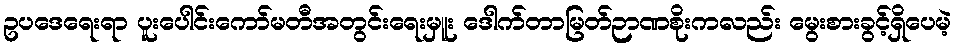
ဥပဒေရေးရာ ပူးပေါင်းကော်မတီအတွင်းရေးမှူး ဒေါက်တာမြတ်ဉာဏစိုးကလည်း မွေးစားခွင့်ရှိပေမဲ့